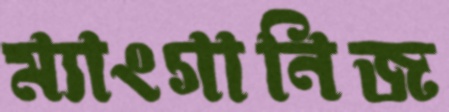
ম্যাংগানিজ